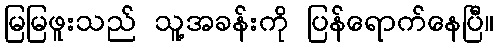
မြမြဖူးသည် သူ့အခန်းကို ပြန်ရောက်နေပြီ။